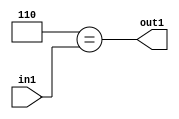
`timescale 1ps / 1ps
/*****************************************************************************
    Verilog RTL Description
    
    
    Created by: Stratus DpOpt 2019.1.01 
*******************************************************************************/

module cache_Eqi6u8_4 (
	in1,
	out1
	); /* architecture "behavioural" */ 
input [7:0] in1;
output  out1;
wire  asc001;

assign asc001 = (13'B0000000000110==in1);

assign out1 = asc001;
endmodule

/* CADENCE  urX2SgA= : u9/ySgnWtBlWxVPRXgAZ4Og= ** DO NOT EDIT THIS LINE ******/